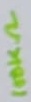
Text: 100KΩ